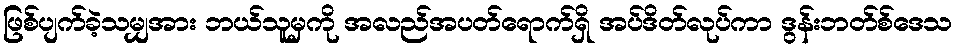
ဖြစ်ပျက်ခဲ့သမျှအား ဘယ်သူမှကို အလည်အပတ်ရောက်ရှိ အပ်ဒိတ်လုပ်ကာ ဒွန်းဘတ်စ်ဒေသ